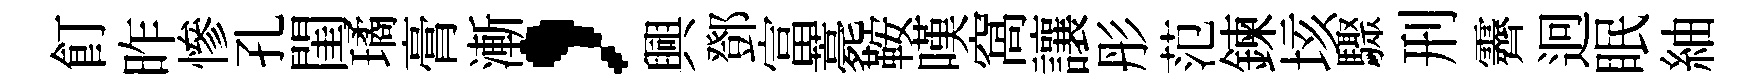
飣昨慘孔閨璚膏漸，興鄧富薧鞍嘆窩讓彤范鍊垓驟刑霽迥眠紬